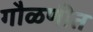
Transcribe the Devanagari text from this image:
गौळणीत